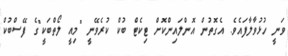
ވަނީ ހުޅުވާލާފައެވެ. އެގޮތުން އޮންލައިންކޮށް ޓިކެޓް ބުކް ކުރެވޭނީ "މިއީ ލޯތްބަކީ"ގެ ފޭސްބުކް